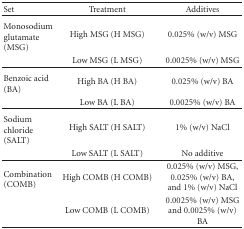
| Set | Treatment | Additives |
 | --- | --- | --- |
 | Monosodium glutamate (MSG) | High MSG (H MSG) | 0.025% (w/v) MSG |
 |  | Low MSG (L MSG) | 0.0025% (w/v) MSG |
 | Benzoic acid (BA) | High BA (H BA) | 0.025% (w/v) BA |
 |  | Low BA (L BA) | 0.0025% (w/v) BA |
 | Sodium chloride (SALT) | High SALT (H SALT) | 1% (w/v) NaCl |
 |  | Low SALT (L SALT) | No additive |
 | Combination (COMB) | High COMB (H COMB) | 0.025% (w/v) MSG, 0.025% (w/v) BA, and 1% (w/v) NaCl |
 |  | Low COMB (L COMB) | 0.0025% (w/v) MSG and 0.0025% (w/v) BA |